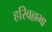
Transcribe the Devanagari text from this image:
हरिवल्लभा